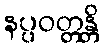
နပ္ပဝတ္တန္တိ